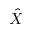
\hat { X }